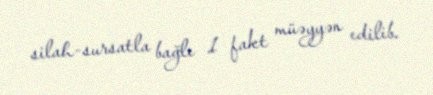
silah-sursatla bağlı 1 fakt müəyyən edilib.